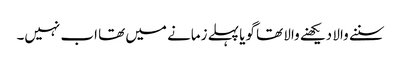
سننے والا دیکھنے والا تھا گویا پہلے زمانے میں تھا اب نہیں۔